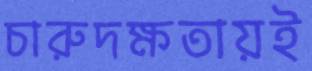
চারুদক্ষতায়ই